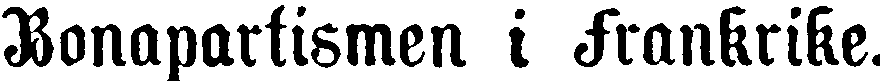
Bonapatftsmen i Frankrike.